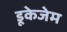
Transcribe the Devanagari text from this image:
डूकेजेम